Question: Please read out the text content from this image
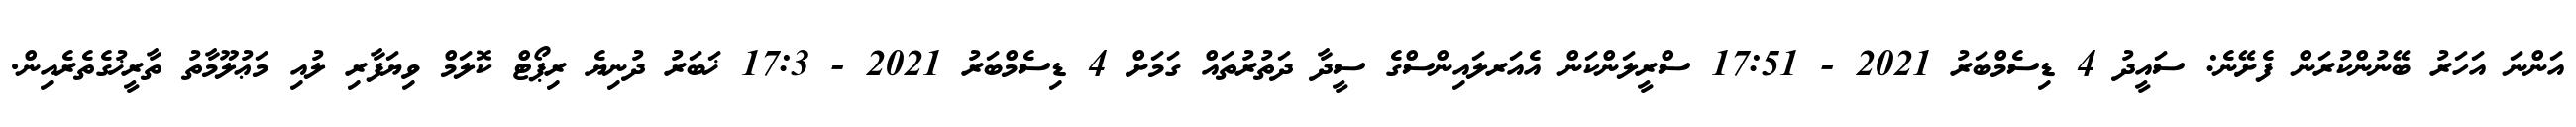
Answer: އަންނަ އަހަރު ބޭނުންކުރަން ފެށޭނެ: ސައީދު 4 ޑިސެމްބަރު 2021 - 17:51 ސްރީލަންކަން އެއަރލައިންސްގެ ސީދާ ދަތުރުތައް ގަމަށް 4 ޑިސެމްބަރު 2021 - 17:3 ޚަބަރު ދުނިޔެ ރިޕޯޓް ކޮލަމް ވިޔަފާރި ލުއި މަޢުލޫމާތު ތާރީޚުގެތެރެއިން.